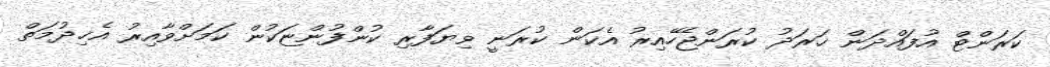
ކަރަންޓް އުފައްދަން ޚަރަދު ކުރަންޖެހޭއިރު އެކަން ކުރަނީ ވިޔަފާރި ކުންފުންޏަކުން ކަމަށްވާއިރު އެޚިދުމަތް